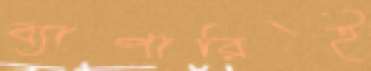
ব্যাপারিই